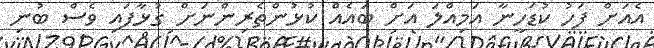
އެއަށް ފަހު ކުޑަހީނާ އަމިއްލަ އަށް ބައެއް ކުޅުންތެރިންނަށް ގުޅާފައި ވެސް ބުނި